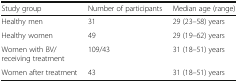
| Study group | Number of participants | Median age (range) |
 | --- | --- | --- |
 | Healthy men | 31 | 29 (23–58) years |
 | Healthy women | 49 | 29 (19–62) years |
 | Women with BV/receiving treatment | 109/43 | 31 (18–51) years |
 | Women after treatment | 43 | 31 (18–51) years |